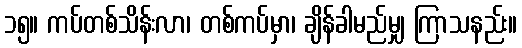
၁၅။ ကပ်တစ်သိန်းလာ၊ တစ်ကပ်မှာ၊ ချိန်ခါမည်မျှ ကြာသနည်း။